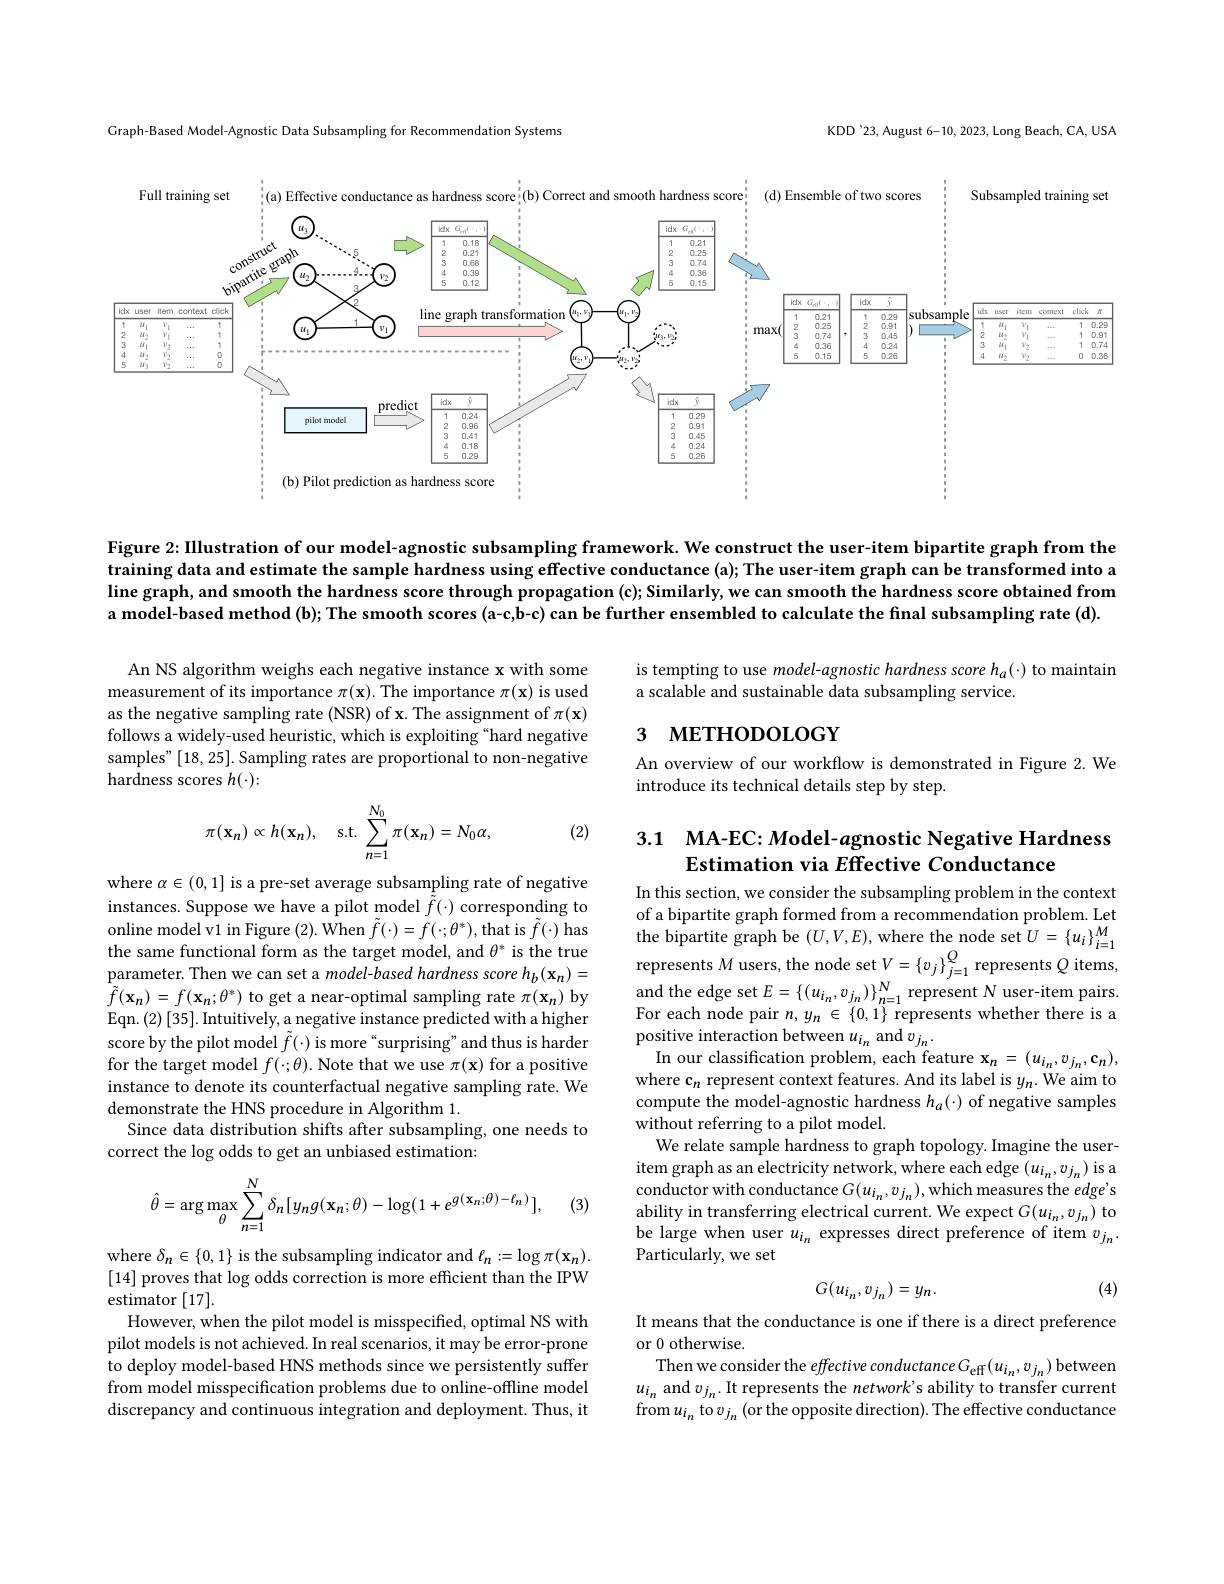
KDD'23, August 6-10, 2023, Long Beach, CA, USA

Graph-Based Model-Agnostic Data Subsampling for Recommendation Systems

<FigureHere>

Figure 2: Illustration of our model-agnostic subsampling framework. We construct the user-item bipartite graph from the training data and estimate the sample hardness using effective conductance (a); The user-item graph can be transformed into a line graph, and smooth the hardness score through propagation (c); Similarly, we can smooth the hardness score obtained from a model-based method (b); The smooth scores (a-c,b-c) can be further ensembled to calculate the final subsampling rate (d).

is tempting to use model-agnostic hardness score ha(\cdot) to maintain
a scalable and sustainable data subsampling service.

An NS algorithm weighs each negative instance x with some measurement of its importance $\pi(\mathbf{x}).$ The importance $\pi(\mathbf{x})$ is used as the negative sampling rate (NSR) of x. The assignment of $\pi(\mathbf{x})$ follows a widely-used heuristic, which is exploiting “hard negative samples" [18,25]. Sampling rates are proportional to non-negative hardness scores $h(\cdot):$

## 3 METHODOLOGY

An overview of our workflow is demonstrated in Figure 2. We
introduce its technical details step by step.
$$\pi(\mathbf{x}_n)\propto h(\mathbf{x}_n),\quad\text{s.t.}\sum_{n=1}^{N_0}\pi(\mathbf{x}_n)=N_0\alpha,$$
(2)

## 3.1 MA-EC: Model- agnostic Negative Hardness Estimation via $E$ffective Conductance

where $\alpha\in(0,1]$ is a pre-set average subsampling rate of negative instances. Suppose we have a pilot model $\tilde{\tilde{f}}(\cdot)$ corresponding to online model v1 in Figure (2). When $\tilde{f}(\cdot)=f(\cdot;\theta^{*})$,that is $\tilde{f}(\cdot)$ has online model vi n Figure ( 2) . When $f( \cdot ) = f( \cdot ; \theta ^* ) $,that is $f( \cdot )$ has the same functional form as the target model, and $\theta ^*$ is the true parameter. Then we can set a $model- based hardes sscore h_{b}\left ( \mathbf{x} _{n}\right ) =$ represents $M$ users, the node
$\tilde{f}(\mathbf{x}_{n})=f(\mathbf{x}_{n};\theta^{*})$ to get a near-optimal sampling rate $\pi(\mathbf{x}_{n})$ by Eqn. (2) [35]. Intuitively, a negative instance predicted with a higher score by the pilot model $\tilde{f}(\cdot)$ is more“surprising”and thus is harder for the target model $f(\cdot;\theta).$ Note that we use $\pi(\mathbf{x})$ for a positive instance to denote its counterfactual negative sampling rate. We demonstrate the HNS procedure in Algorithm 1.
Since data distribution shifts after subsampling, one needs to
correct the log odds to get an unbiased estimation:

In this section, we consider the subsampling problem in the context of a bipartite graph formed from a recommendation problem. Let and the edge set $E=\left\{(u_{i_n},v_{j_n})\right\}_{n=1}^N$ represent $N$ user-item pairs. For each node pair $n,y_n\in\{0,1\}$ represents whether there is a positive interaction between $u_{i_n}$ and $v_{j_n}.$
In our classification problem, each feature $\mathbf{x}_n=(u_{i_n},v_{j_n},\mathbf{c}_n)$, where c$_n$ represent context features. And its label is $y_n.$ We aim to compute the model-agnostic hardness $h_a(\cdot)$ of negative samples without referring to a pilot model.
We relate sample hardness to graph topology. Imagine the useritem graph as an electricity network, where each edge $(u_{i_n},v_{j_n})$ is a conductor with conductance $G(u_{i_n},v_{j_n})$,which measures the edge's ability in transferring electrical current. We expect $G(u_{i_n},v_{j_n})$ to be large when user $u_i_n$ expresses direct preference of item $v_{j_n}.$ Particularly, we set
$$\hat{\theta}=\arg\max_{\theta}\sum_{n=1}^{N}\delta_{n}[y_{n}g(\mathbf{x}_{n};\theta)-\log(1+e^{g(\mathbf{x}_{n};\theta)-\ell_{n})}],$$
(3)

(4)
$$G(u_{i_n},v_{j_n})=y_n.$$
where $\delta_n\in\{0,1\}$ is the subsampling indicator and $\ell_n:=\log\pi(\mathbf{x}_n).$ [14] proves that log odds correction is more efficient than the IPW estimator [17].
However, when the pilot model is misspecified, optimal NS with pilot models is not achieved. In real scenarios, it may be error-prone to deploy model-based HNS methods since we persistently suffer from model misspecification problems due to online-offline model discrepancy and continuous integration and deployment. Thus, it

It means that the conductance is one if there is a direct preference
or 0 otherwise.
Then we consider the effective conductance $G_\mathrm{eff}(u_{i_n},v_{j_n})$ between $u_{i_n}$ and $v_j_n.$ It represents the network's ability to transfer current from $u_{i_n}$ to $v_{j_n}$ (or the opposite direction). The effective conductance